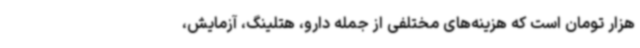
هزار تومان است که هزینه‌های مختلفی از جمله دارو، هتلینگ، آزمایش،